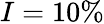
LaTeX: I=10\%